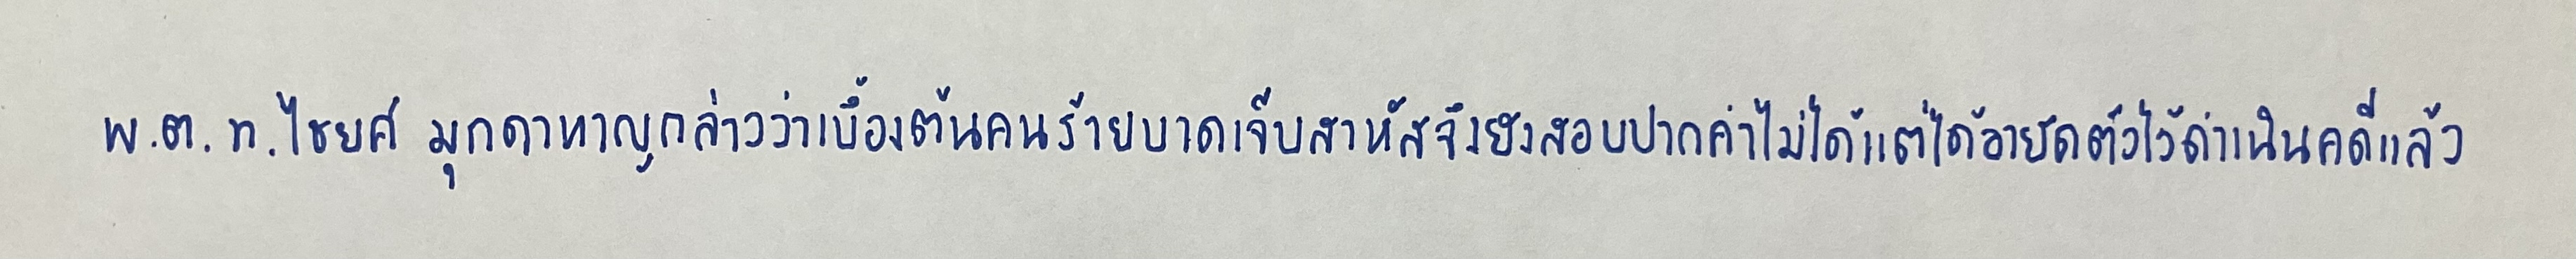
พ.ต.ท.ไชยศ มุกดาหาญกล่าวว่าเบื้องต้นคนร้ายบาดเจ็บสาหัสจึงยังสอบปากคำไม่ได้แต่ได้อายัดตัวไว้ดำเนินคดีแล้ว